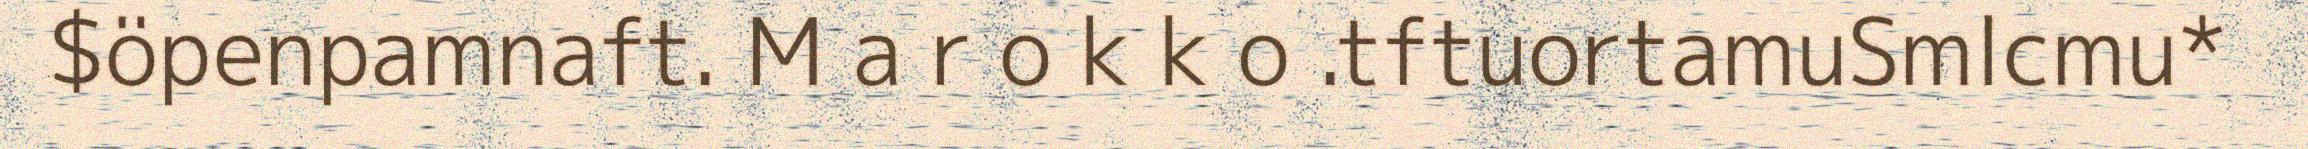
$öpenpamnaft. M a r o k k o .tftuortamuSmlcmu*